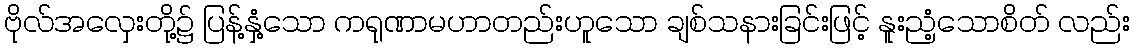
ဗိုလ်အလှေးတို့၌ ပြန့်နှံ့သော ကရုဏာမဟာတည်းဟူသော ချစ်သနားခြင်းဖြင့် နူးညံ့သောစိတ် လည်း